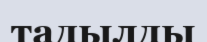
тадылды